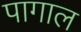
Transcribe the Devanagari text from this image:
पागाल